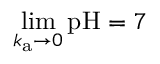
{ \operatorname* { l i m } _ { k _ { \mathrm { a } } \to 0 } { \mathrm { p H } } = 7 }